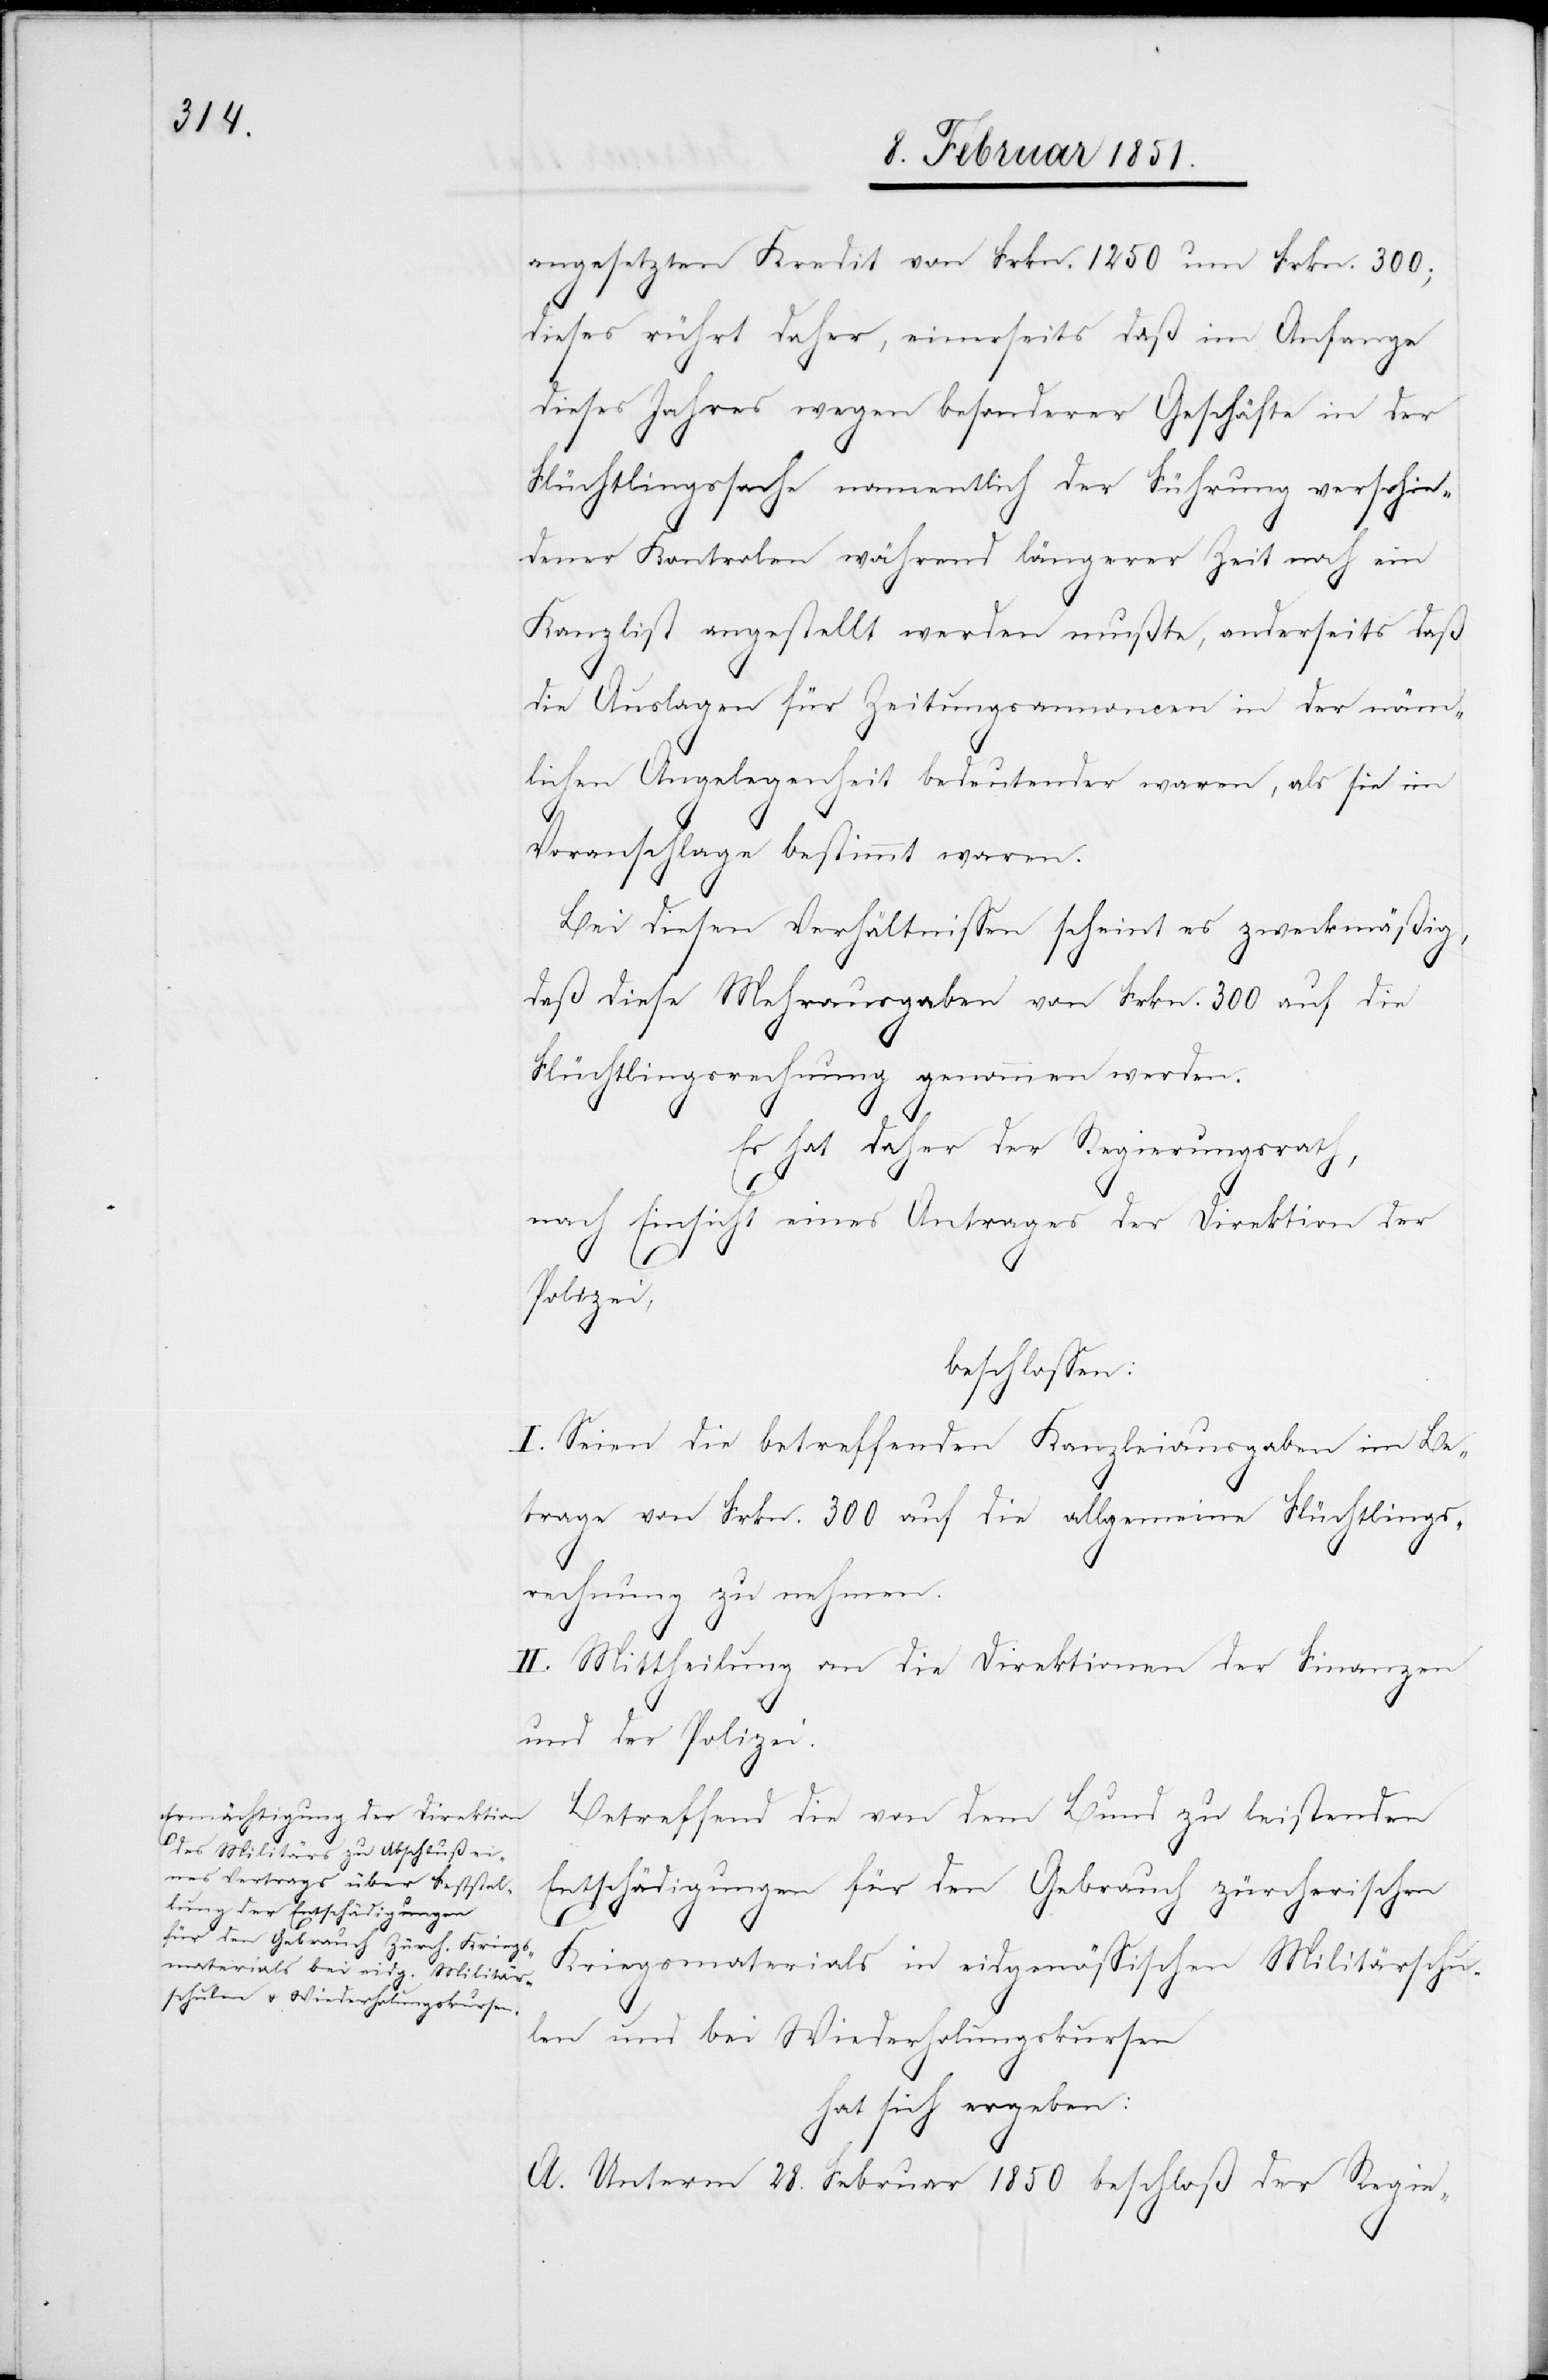
angesetzten Kredit von Frkn. 1250 um Frkn. 300;
dieses rührt daher, einerseits daß im Anfange
dieses Jahres wegen besonderer Geschäfte in der
Flüchtlingssache namentlich der Führung verschie¬
dener Kontrolen während längerer Zeit noch ein
Kanzlist angestellt werden mußte, anderseits daß
die Auslagen für Zeitungsannoncen in der näm¬
lichen Angelegenheit bedeutender waren, als sie im
Voranschlage bestimmt waren.
Bei diesen Verhältnissen scheint es zweckmäßig,
daß diese Mehrausgaben von Frkn. 300 auf die
Flüchtlingsrechnung genommen werden.
Es hat daher der Regierungsrath,
nach Einsicht eines Antrages der Direktion der
Polizei,
beschlossen:
I. Seien die betreffenden Kanzleiausgaben im Be¬
trage von Frkn. 300 auf die allgemeine Flüchtlings¬
rechnung zu nehmen.
II. Mittheilung an die Direktionen der Finanzen
und der Polizei.
Betreffend die von dem Bund zu leistenden
Entschädigungen für den Gebrauch zürcherischen
Kriegsmaterials in eidgenössischen Militärschu¬
len und bei Wiederholungskursen
hat sich ergeben:
A. Unterm 28. Februar 1850 beschloß der Regie-